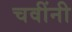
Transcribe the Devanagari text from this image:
चवींनी